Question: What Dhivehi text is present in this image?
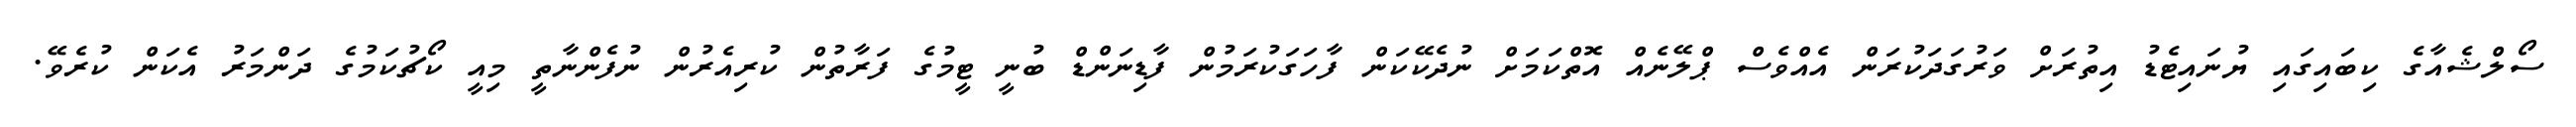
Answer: ސޯލްޝެއާގެ ކިބައިގައި ޔުނައިޓެޑު އިތުރަށް ވަރުގަދަކުރަން އެއްވެސް ޕްލޭނެއް އޮތްކަމަށް ނުދެކޭކަން ފާހަގަކުރަމުން ފާޑިނަންޑް ބުނީ ޓީމުގެ ފަރާތުން ކުރިއެރުން ނުފެންނާތީ މިއީ ކޯޗުކަމުގެ ދަންމަރު އެކަން ކުރެވޭ.